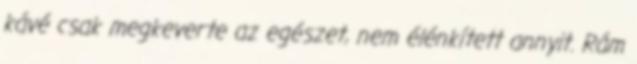
kávé csak megkeverte az egészet, nem élénkített annyit. Rám